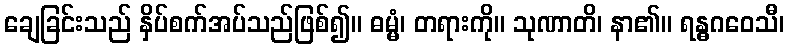
ချေခြင်းသည် နှိပ်စက်အပ်သည်ဖြစ်၍။ ဓမ္မံ၊ တရားကို။ သုဏာတိ၊ နာ၏။ ရန္ဓဂဝေသီ၊